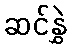
ဆင်နွှဲ